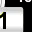
Digit: 1